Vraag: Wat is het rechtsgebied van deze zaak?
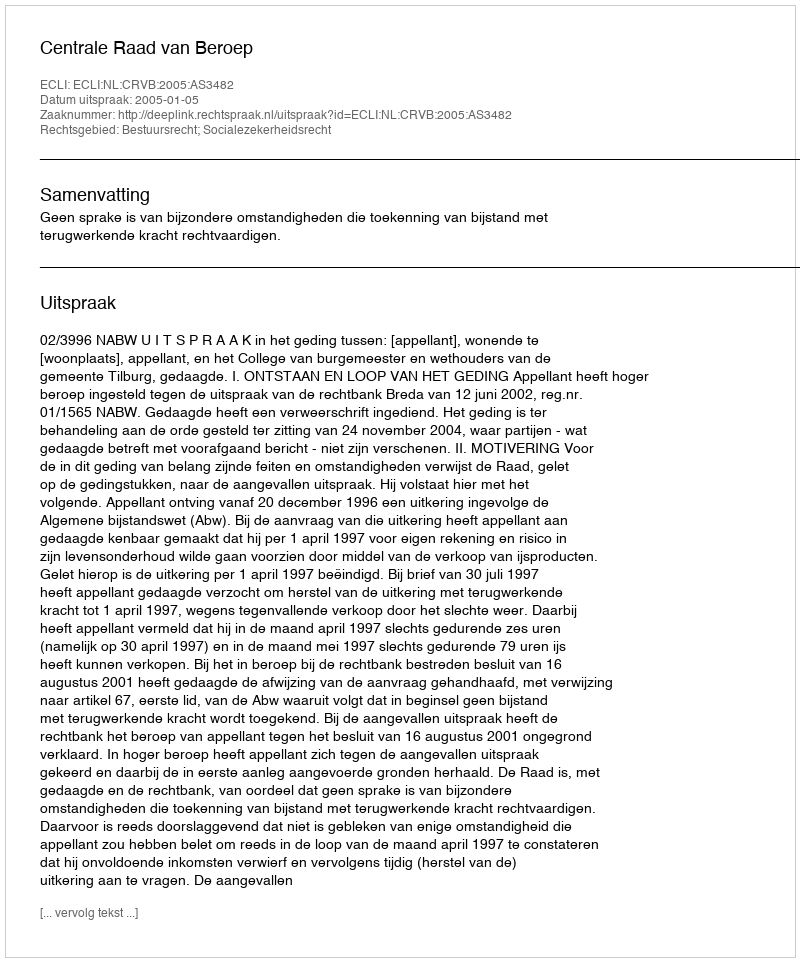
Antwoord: Bestuursrecht; Socialezekerheidsrecht